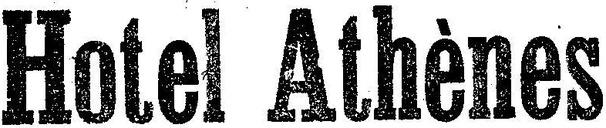
Hotel Athènes